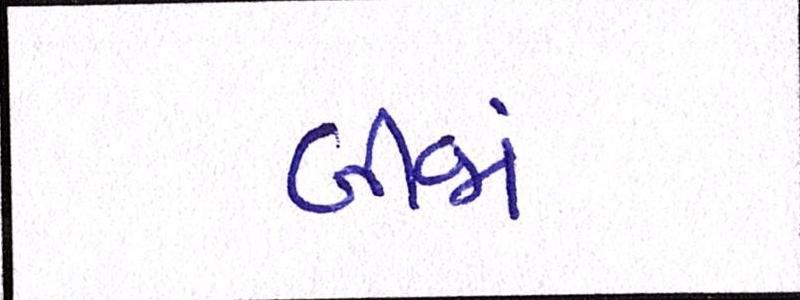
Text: બીજાં